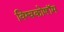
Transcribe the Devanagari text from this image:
विश्वकोषॉम